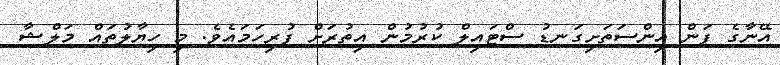
އޭނާގެ ފަން އިންސަތަށިގަނޑު ސްޓައިލް ކުރުމުން އިތުރަށް ފުރިހަމައެވެ. މި ހިޔާލުތައް މަލްޝާ